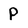
Character: P